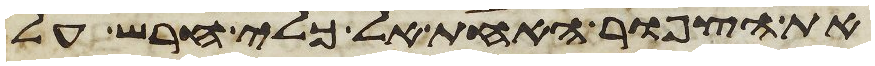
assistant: את הצפור האחת אל כלי חרש על